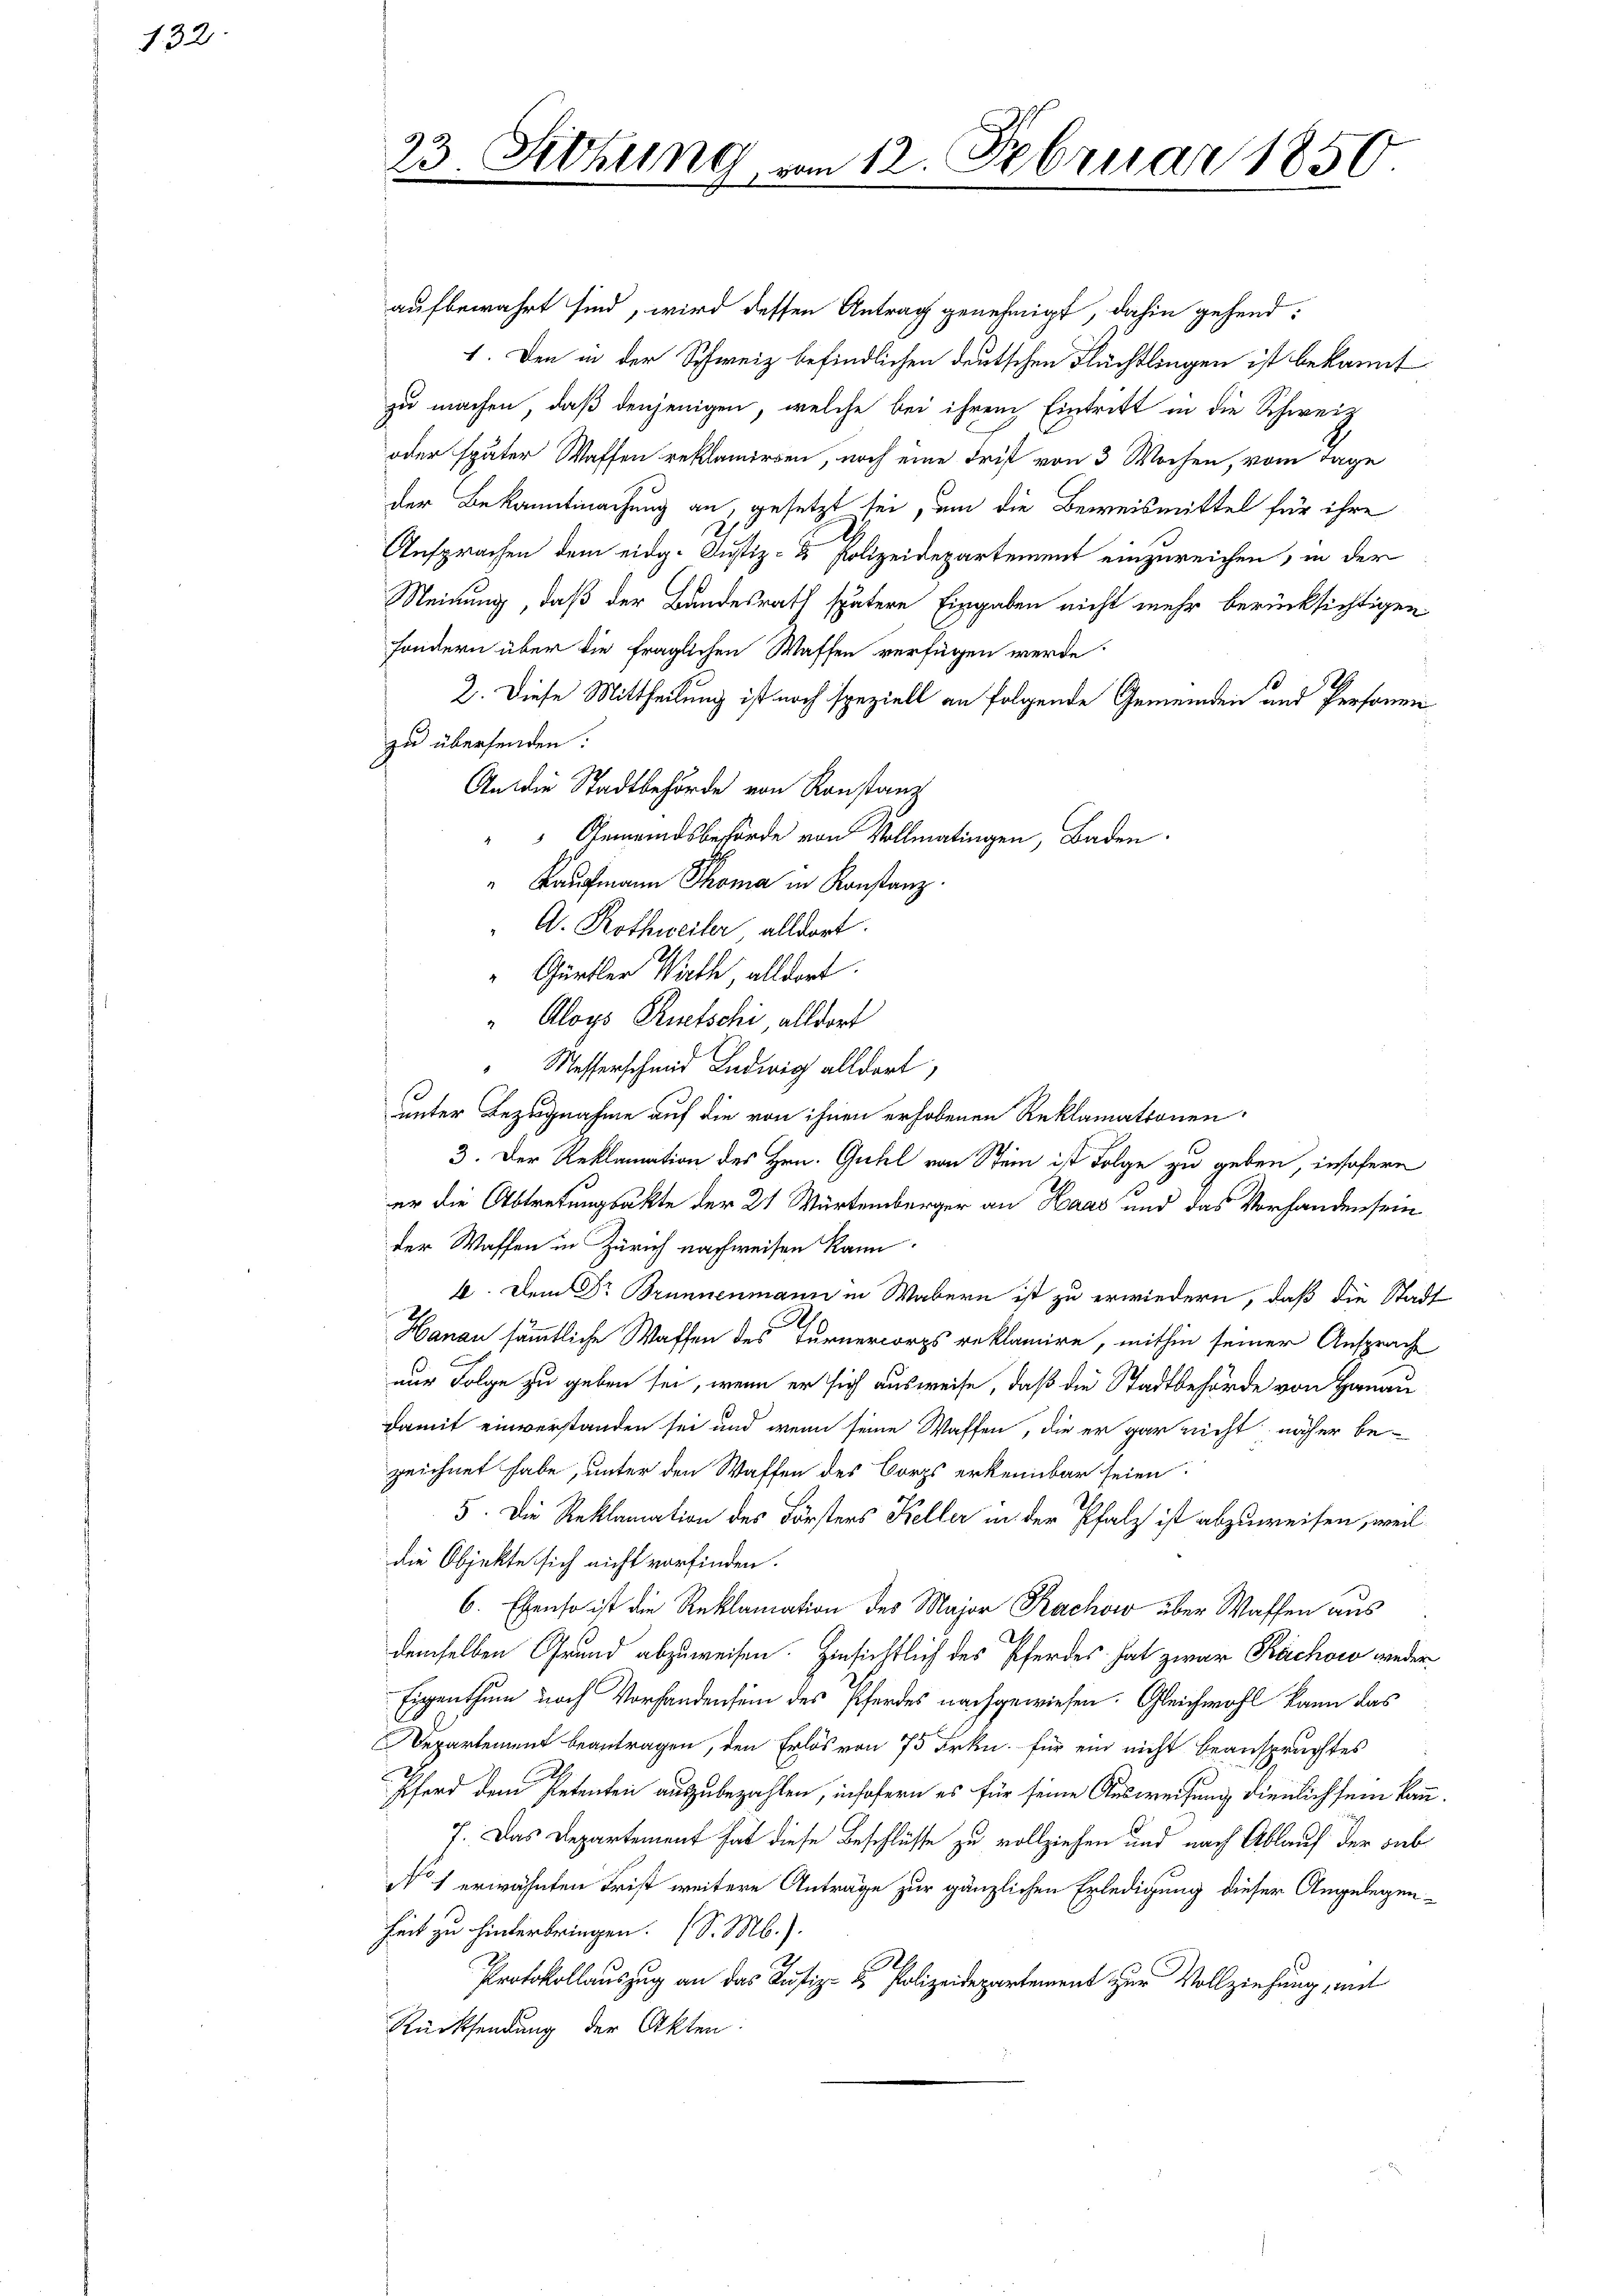
132.

aufbewahrt sind, wird dessen Antrag genehmigt, dahin gehend:
1. Den in der Schweiz befindlichen deutschen Flüchtlingen ist bekannt
zu machen, daß denjenigen, welche bei ihrem Eintritt in die Schweiz
oder später Waffen reklamiren, noch eine Frist von 3 Wochen, vom Tage
der Bekanntmachung an gesetzt sei, um die Beweismittel für ihre
Ansprachen dem eidg. Justiz- & Polizeidepartement einzureichen, in der
Meinung, daß der Bundesrath spätere Eingaben nicht mehr berücksichtigen
sondern über die fraglichen Waffen verfügen werde.
2. Diese Mittheilung ist noch speziell an folgende Gemeinden und Personen
zu übersenden:
An die Stadtbehörde von Konstanz
" " Gemeindsbehörde von Vollmatingen, Baden
 Kaufmann Thoma in Konstanz
A. Rothweiler, alldort.
" Gürtler Wirthe, alldort.
" Aloys Rietschi alldort
Messerschmid Ludwig alldort,
uunter Bezugnahme auf die von ihnen erhobenen Reklamationen
3. Der Reklamation des Hrn. Guhl von Stein ist Folge zu geben, insofern
er die Abtretungsakte der 21 Würtemberger an Haas und das Vorhanden sein
der Waffen in Zürich nachweisen kann.
4. Dem Dr Brunnenmann in Wabern ist zu erwiedern, daß die Stadt
Hanau sämmtliche Waffen des Turnercorps reklamire, mithin seiner Ansprach
nur Folge zu geben sei, wenn er sich ausweise, daß die Stadtbehörde von Hanau
damit einverstanden sei und wenn seine Waffen, die er gar nicht näher be-
zeichnet habe, unter den Waffen des Corps erkennbar seien.
5. Die Reklamation des Försters Keller in der Pfalz ist abzuweisen, weil
die Objekte sich nicht vorfinden.
6. Ebenso ist die Reklamation des Major Rachow über Waffen aus
.
demselben Grund abzuweisen. Hinsichtlich des Pferdes hat zwar Bachow weder
Eigenthum nach Vorhandensein des Pferdes nachgewiesen. Gleichwohl kann das
Departement beantragen, den Erlös von 75 Frkn. für ein nicht beanspruchtes
Pferd dem Petenten auszubezahlen, insofern es für seine Ausweisung dienlich sein kann
7. Das Departement hat diese Beschlüsse zu vollziehen und nach Ablauf der sub
No 1 erwähnten Frist weitere Anträge zur gänzlichen Erledigung dieser Angelegenkeit zu hinterbringen. (S. M.).
s
Protokollauszug an das Justiz- & Polizeidepartement zur Vollziehung, mit
Rücksendung der Akten.

23. Sitzung vom 12. Februar 1850